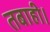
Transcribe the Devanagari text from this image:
तबाही।